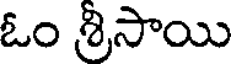
ఓం శ్రీసాయి